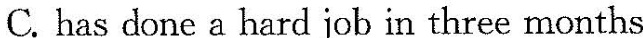
C.has done a hard job in three months